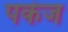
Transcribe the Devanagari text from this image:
पकंज